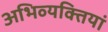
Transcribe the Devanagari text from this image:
अभिव्‍यक्तियां